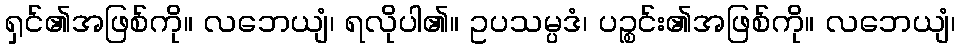
ရှင်၏အဖြစ်ကို။ လဘေယျံ၊ ရလိုပါ၏။ ဥပသမ္ပဒံ၊ ပဉ္စင်း၏အဖြစ်ကို။ လဘေယျံ၊